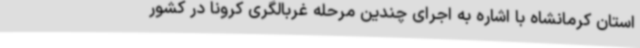
استان کرمانشاه با اشاره به اجرای چندین مرحله غربالگری کرونا در کشور